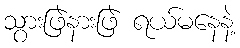
သွားဖြဲနားဖြဲ ရယ်မနေနဲ့